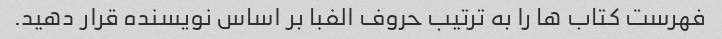
فهرست کتاب ها را به ترتیب حروف الفبا بر اساس نویسنده قرار دهید.